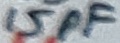
Text: 15pF